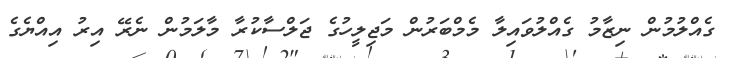
ގެއްލުމުން ނިޒާމު ގެއްލުވައިލާ މެމްބަރުން މަޖިލީހުގެ ޖަލްސާކުރާ މާލަމުން ނެރޭ އިރު އިއްޔެގެ